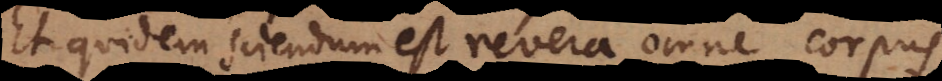
Et quidem sciendum est, revera omne corpus